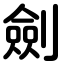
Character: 劍